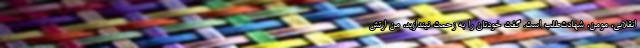
انقلابی، مومن، شهادت‌طلب است. گفت خودتان را به زحمت نیندازید، من ارتش